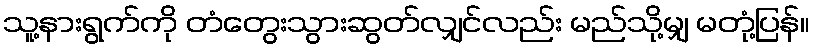
သူ့နားရွက်ကို တံတွေးသွားဆွတ်လျှင်လည်း မည်သို့မျှ မတုံ့ပြန်။